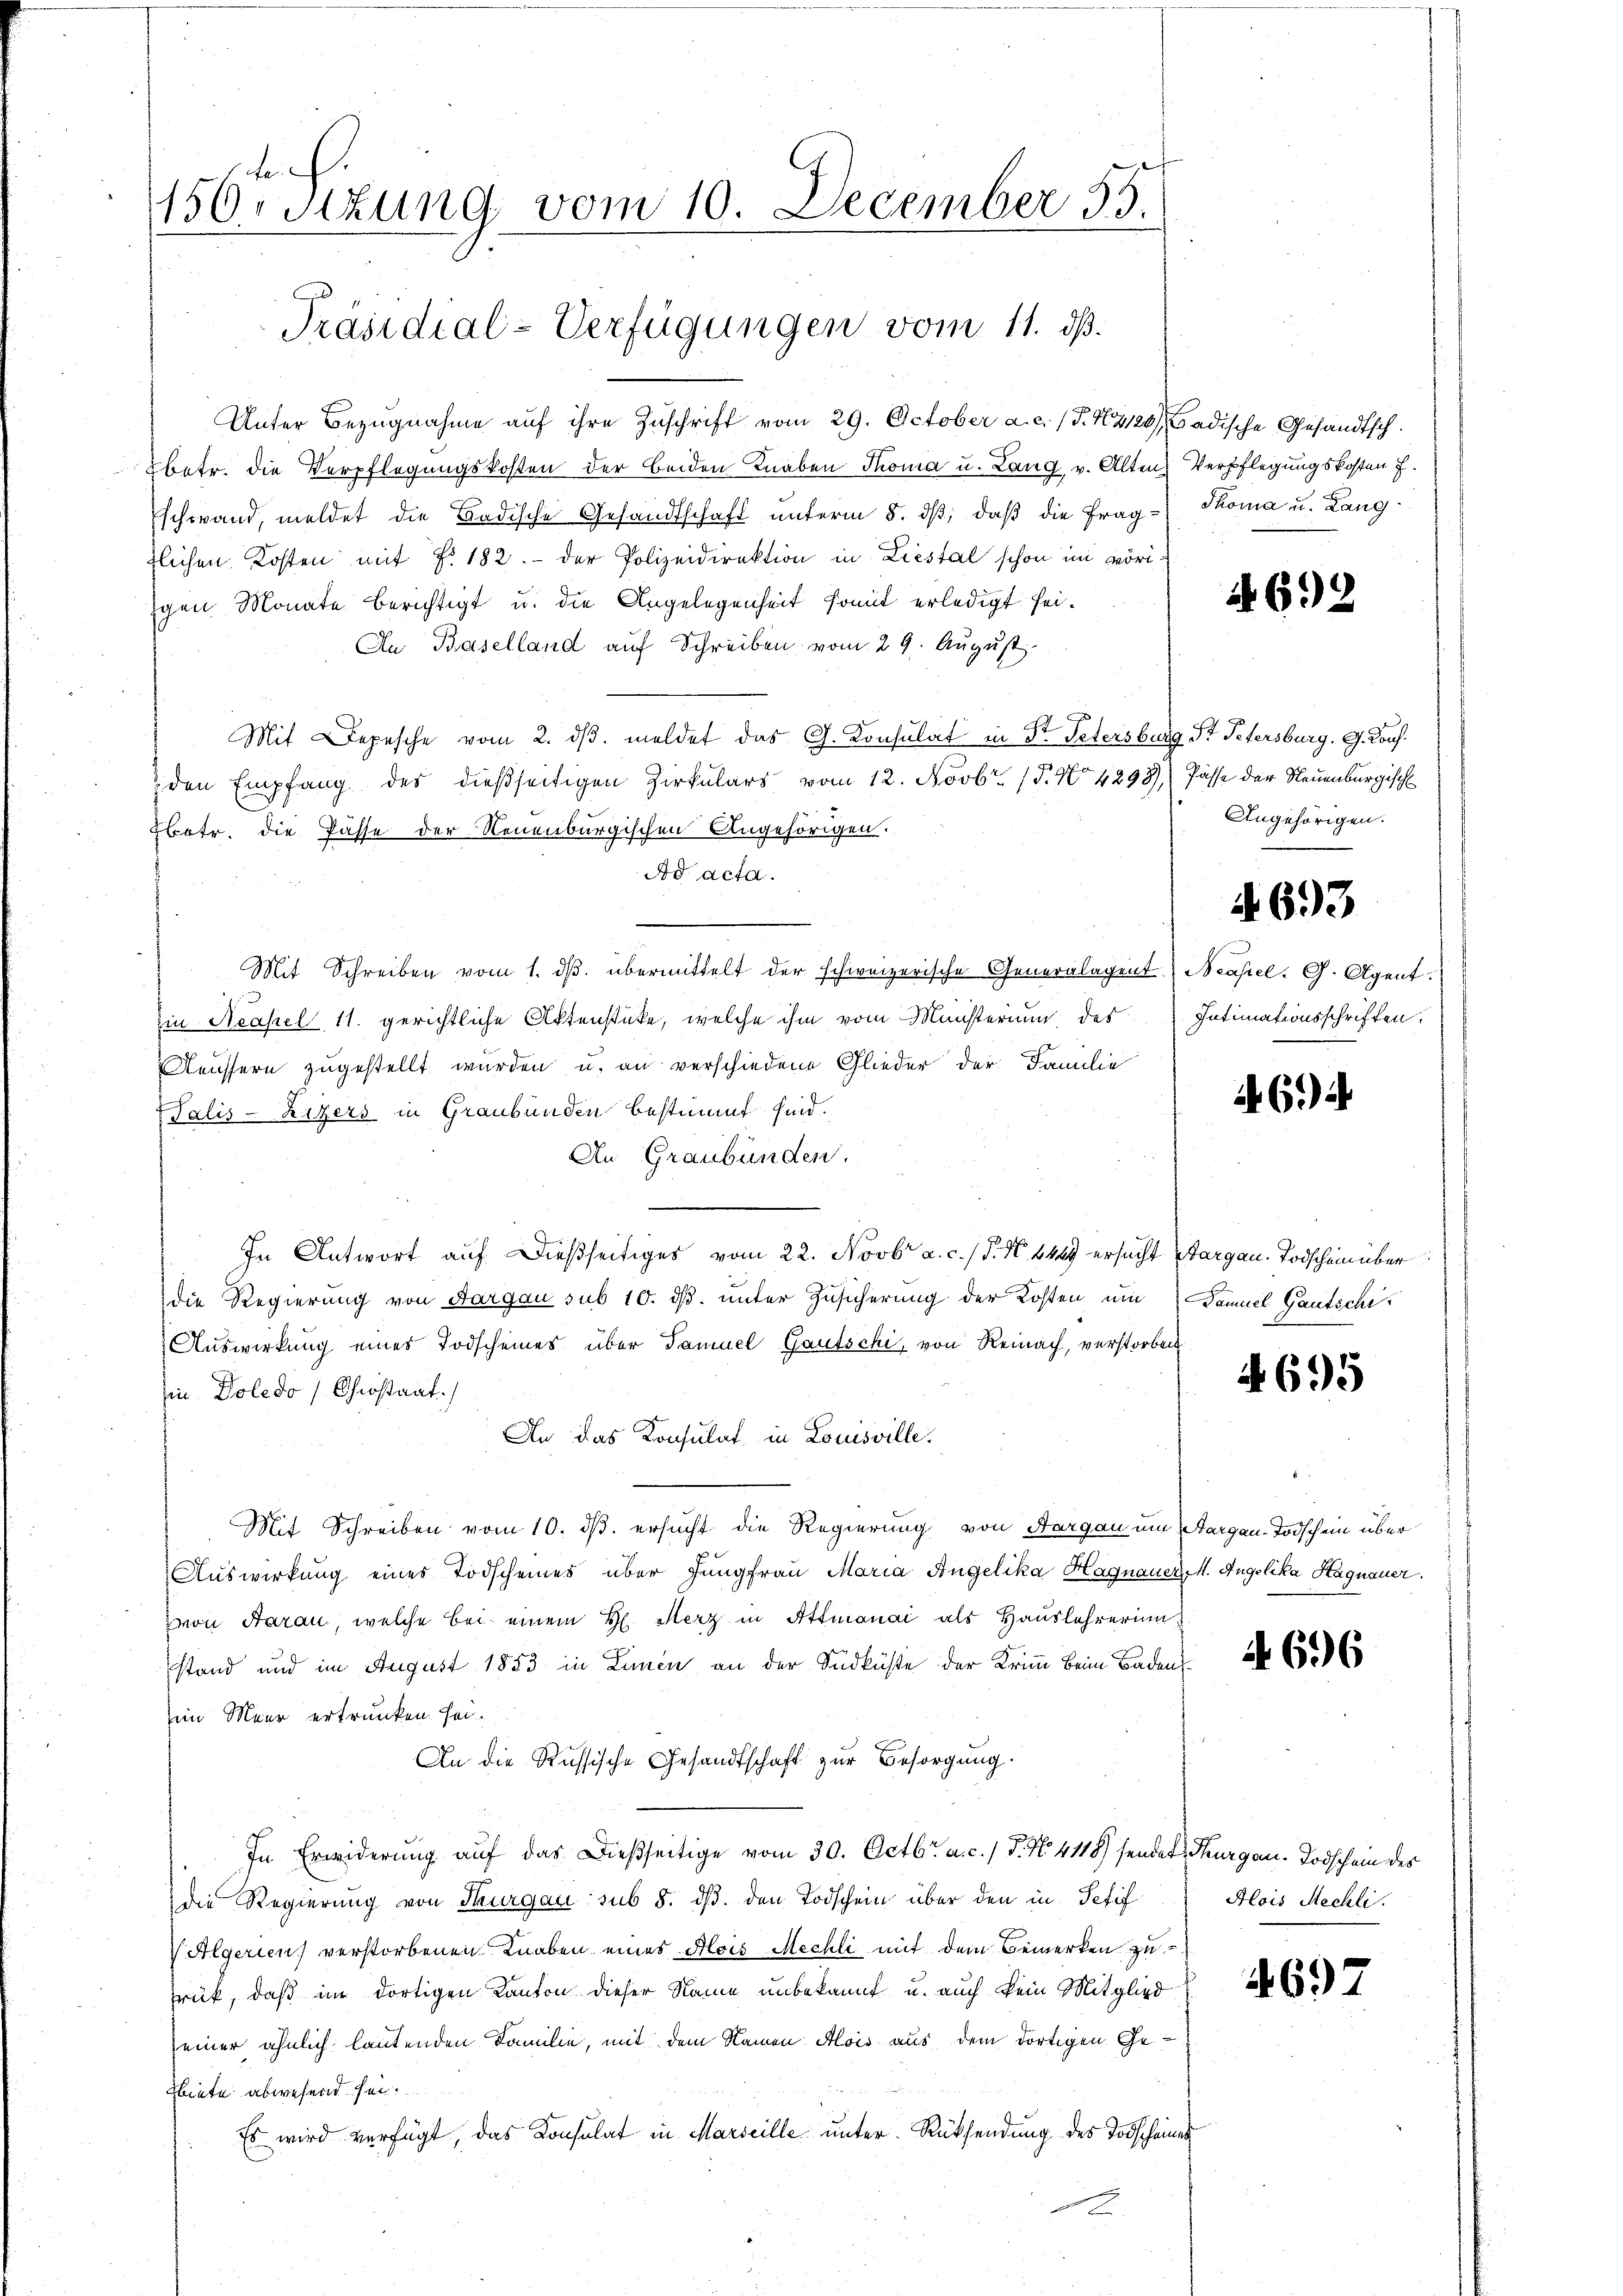
Le
150stzung vom 10. December 55.
Präsidial-Verfügungen vom 11. ds.

Unter Bezugnahme auf ihre Zuschrift vom 29. October a. c. (T. 44120), Badische Gesandtschbetr. die Verpflegungskosten der beiden Knaben Thoma u. Lang v. Alten Verpflegungskosten f.
Eschwand, meldet die Badische Gesandtschaft unterm 8. dβ, daß die Frag- Thoma u. Langtlichen Kosten mit f. 182. - der Polizeidirektion in Liestal schon im voriigen Monate berichtigt u. die Angelegenheit somit erledigt sei¬
Au Baselland auf Schreiben vom 29. August.
Mit Depesche vom 2. dβ. meldet das G. Konsulat in Str. Petersburg St. Petersburg, G. Kaufden Empfang des dießseitigen Zirkulars vom 12. Novbr. 15. No 4293)) Pässe der Neuenburgisch
Ebetr. die Pässe der Neuenburgischen Angehörigen.
Ad acta.
Mit Schreiben vom 1. dβ. übermittelt der schweizerische Generalagent. Neapel. G. Agent.
Ein Neapel, 11. gerichtliche Aktenstücke, welche ihm vom Münsterium des
Näussern zugestellt wurden u. an verschiedene Glieder der Familie
Palis-Ritzers in Graubünden bestimmt sind.
An Graubünden.
.
In Antwort auf dießseitiges vom 22. Novbr a. c. / N. N. 449 ersucht Sargau. Todschein über
die Regierung von Aargau sub 10. ds. unter Zusicherung der Kosten um Samuel Gautschi
Auswirkung eines Todscheines über Samuel Gautschi, von Reinach, verstorben
Ein Doledo (Christaat.
An das Konsulat in Louisville.
Mit Schreiben vom 10. ds. ersucht die Regierung von Aargau um Aargau-Todschein über
Auswirkung eines Todscheines über Jungfrau Maria Angelika Hagnauer, M. Angelika Haquauer.
von Aarau, welche bei einem H. Merz in Attmanai als Hauslehrerin
stand und im August 1853 in Linien an der Südküste der Krim beim Baden
im Meer ertrunken sei.
An die Russische Gesandtschaft zur Besorgung.
In Erwiderung auf das dießseitige vom 30. Octbr. a. c. / P. N. 4118) sendes Thurgau. Todschein des
die Regierung von Thurgau sub 8. ds. den Todschein über den in Schif
Algerien) verstorbenen Knaben eines Mois Mechli mit dem Bemerken zurück, daß im dortigen Kanton dieser Name unbekannt u. auch kein Mitglied
einer ähnlich lautenden Familie, mit dem Namen Alois aus dem dortigen Gebiete abwesend sei.
Es wird verfügt, das Konsulat in Marseille unter Rücksendung des Todscheines

692

Angehörigen.

A. 693

Intimationsschriften.

694

4695

A 696

Alois Mechli

692